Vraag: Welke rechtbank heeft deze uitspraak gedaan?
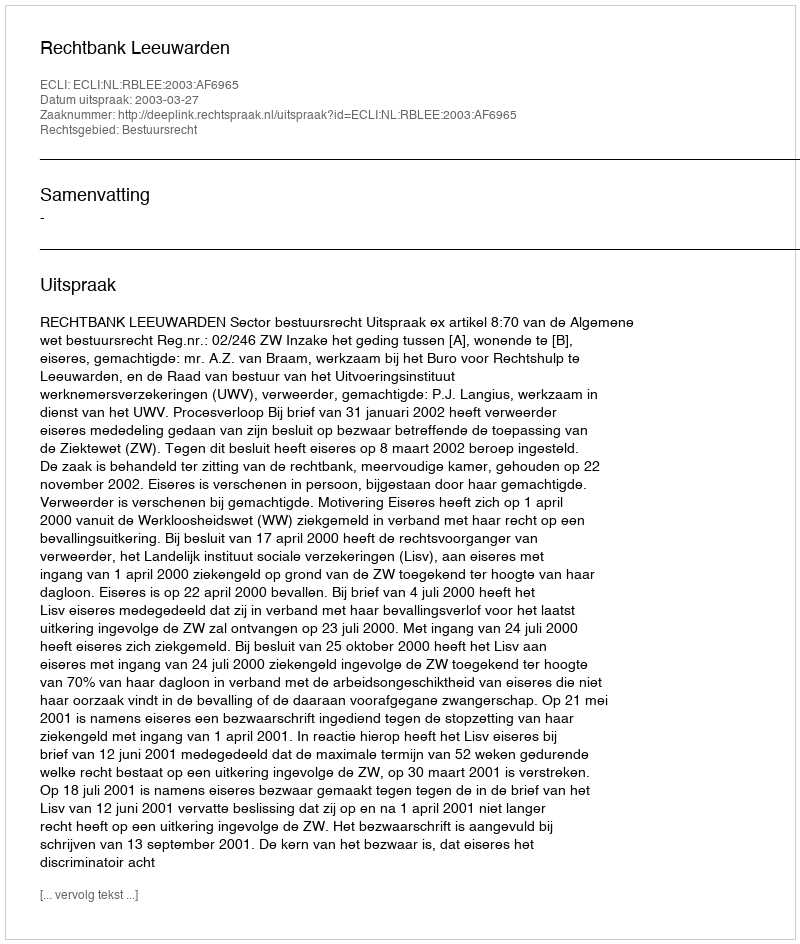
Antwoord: Rechtbank Leeuwarden